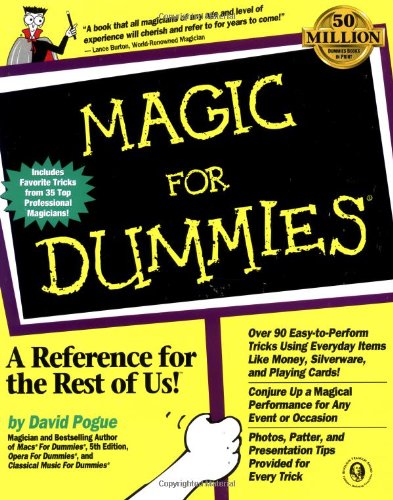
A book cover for Magic For Dummies; David Pogue; Humor & Entertainment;